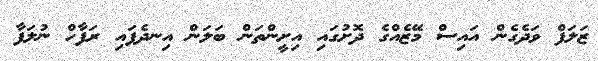
ޒަލަފް ވަދެގެން އައިސް މޭޒެއްގެ ދޮށުގައި އިށީންތަން ބަލަން އިނދެފައި ރަފާހް ނުލަފާ